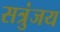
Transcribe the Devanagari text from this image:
सत्रुंजय